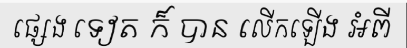
ផ្សេង ទៀត ក៏ បាន លើកឡើង អំពី